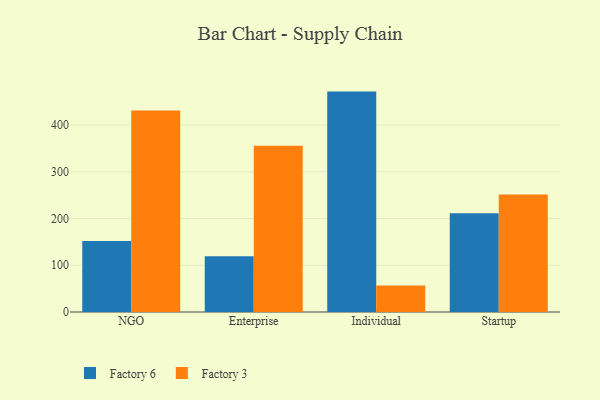
{"axis": {"x": "Segment", "y": "LTV (USD)"}, "legend": ["Factory 3", "Factory 6"], "data": [{"x": "NGO", "y": 152.2, "type": "Factory 6"}, {"x": "NGO", "y": 431.1, "type": "Factory 3"}, {"x": "Enterprise", "y": 119.1, "type": "Factory 6"}, {"x": "Enterprise", "y": 355.8, "type": "Factory 3"}, {"x": "Individual", "y": 471.7, "type": "Factory 6"}, {"x": "Individual", "y": 56.8, "type": "Factory 3"}, {"x": "Startup", "y": 211.6, "type": "Factory 6"}, {"x": "Startup", "y": 251.5, "type": "Factory 3"}]}